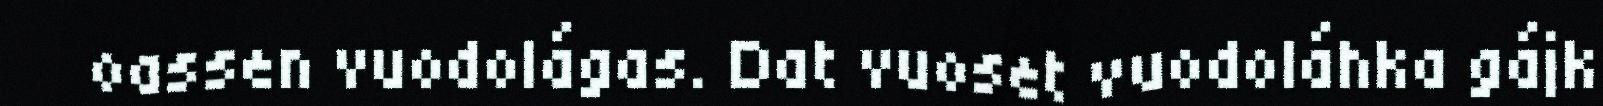
oassen vuodolágas. Dat vuoset vuodoláhka gájk